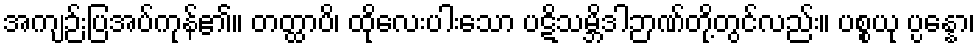
အကျဉ်းပြအပ်ကုန်၏။ တတ္ထာပိ၊ ထိုလေးပါးသော ပဋိသမ္ဘိဒါဉာဏ်တို့တွင်လည်း။ ပစ္စယု ပ္ပန္နော၊